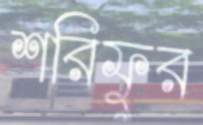
শরিফুর